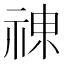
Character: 𱵐